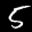
Label: 5